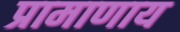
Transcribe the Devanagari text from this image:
प्रामाणाय